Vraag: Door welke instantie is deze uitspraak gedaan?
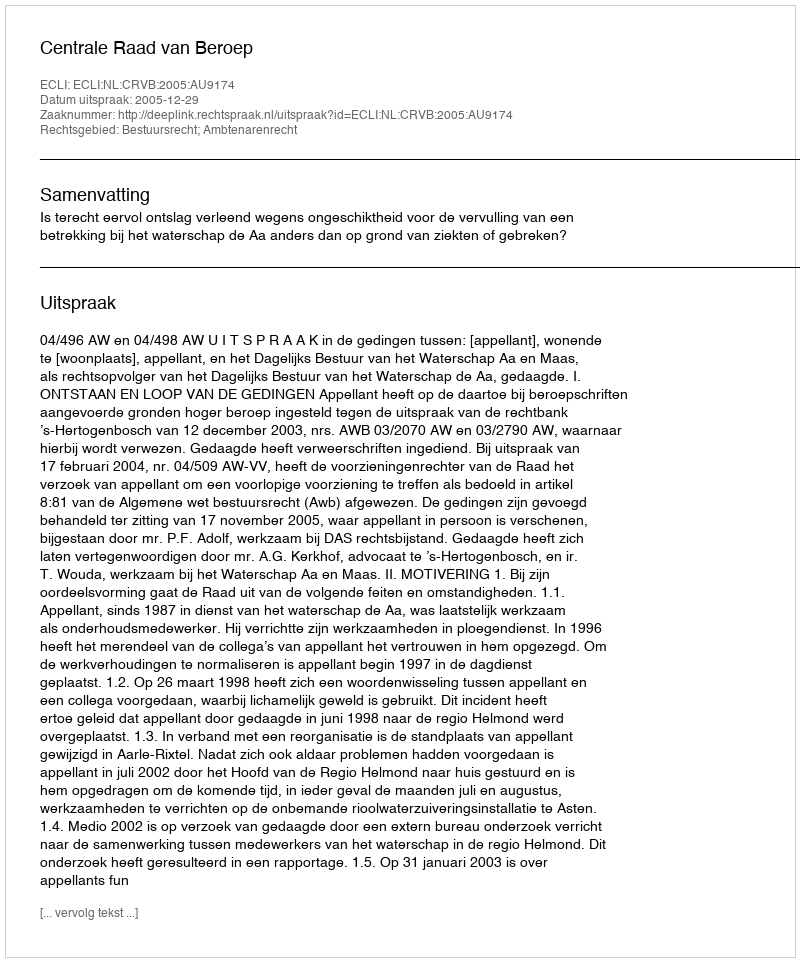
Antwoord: Centrale Raad van Beroep